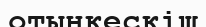
отынкескіш